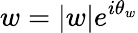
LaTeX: w=|w|e^{i\theta_{w}}